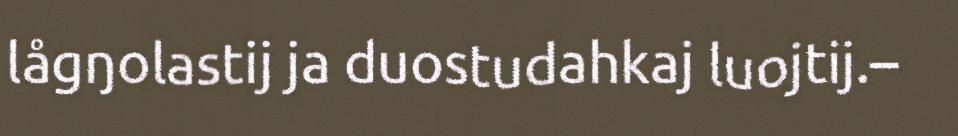
lågŋolastij ja duostudahkaj luojtij.–